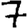
Digit: 7